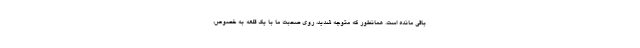
باقی مانده است. همانطور که متوجه شدید، روی صحبت ما با یک قلعه به خصوص،